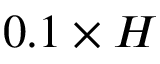
0 . 1 \times H